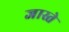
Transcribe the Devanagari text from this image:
जास्ते